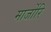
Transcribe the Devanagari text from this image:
मार्जोरि